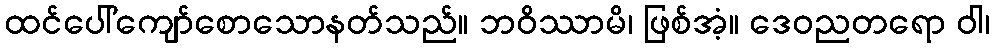
ထင်ပေါ်ကျော်စောသောနတ်သည်။ ဘဝိဿာမိ၊ ဖြစ်အံ့။ ဒေဝညတရော ဝါ၊